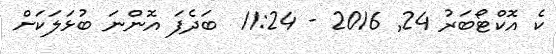
ކެ އޮކްޓޯބަރު 24